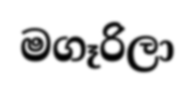
මගෑරිලා